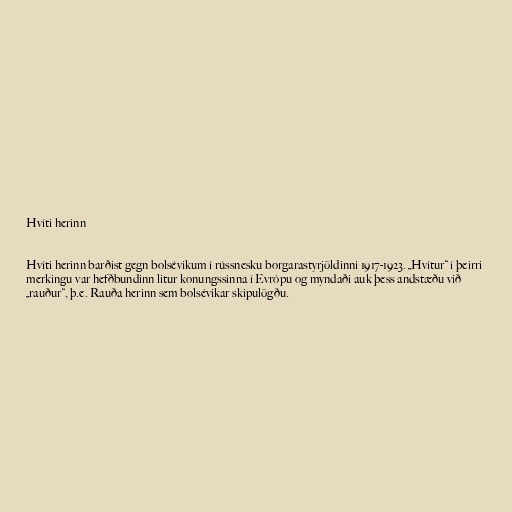
Hvíti herinn

Hvíti herinn barðist gegn bolsévikum í rússnesku borgarastyrjöldinni 1917-1923. „Hvítur“ í þeirri
merkingu var hefðbundinn litur konungssinna í Evrópu og myndaði auk þess andstæðu við
„rauður“, þ.e. Rauða herinn sem bolsévikar skipulögðu.